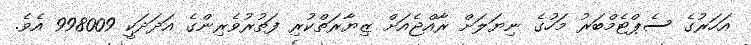
އަހަރުގެ ސެޕްޓެމްބަރު މަހުގެ ނިޔަލަށް ރާއްޖެއަށް ޒިޔާރަތްކުރި ފަތުރުވެރިންގެ އަދަދަކީ 998009 އެވެ.